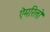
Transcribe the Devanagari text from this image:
ऐमरिलो